Sketch of the medical history of the native army of Bombay, for the year
Year: 1870
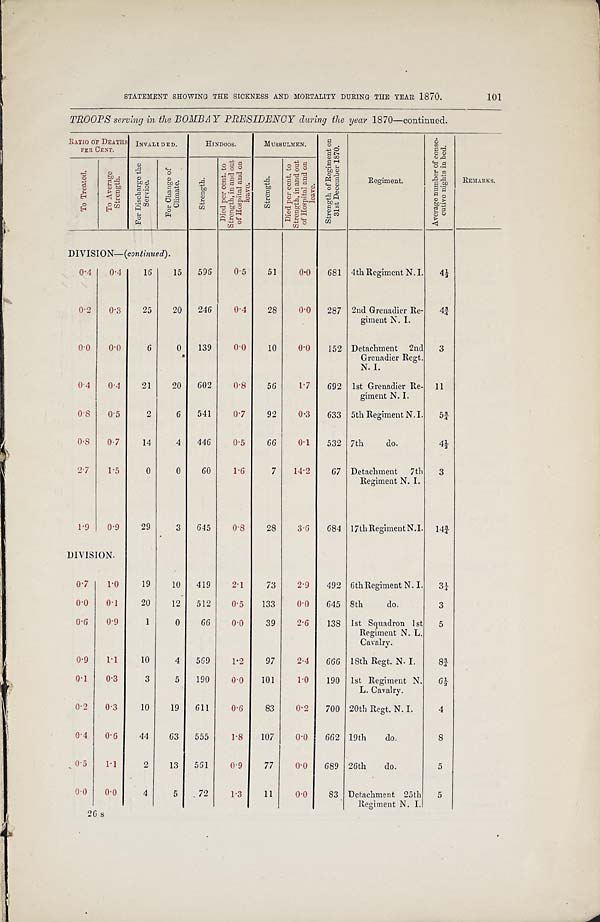
STATEMENT SHOWING THE SICKNESS AND MORTALITY DURING THE YEAR 1870.
101
TROOPS serving in the B0MBAY PRESIDENCY during the year 1870—continued.
RATIO OF DEATHS
PER CENT.
INVALI DED.
HINDOOS
MUSSULMEN.
S t r e n g t h o f R e g i m e n t o n3
1 s t D e c e m b e r 1 8 7 0 .
A v e r a g e n u m b e r o f c o n s e -
c u t i v e n i g h t s i n b e d .
T o T r e a t e d
T o A v e r a g e
S t r e n g t h .
F o r D i s c h a r g e t h e
S e r v i c e .
F o r C h a n g e o f
C l i m a t e .
S t r e n g t h .
D i e d p e r c e n t . t o
S t r e n g t h , i n a n d o u t
o f H o s p i t a l a n d o n
l e a v e .
S t r e n g t h .
D i e d p e r c e n t . t o
S t r e n g t h , i n a n d o u t
o f H o s p i t a l a n d o n
l e a v e .
Regiment.
REMARKS.
DIVISION—(continued).
0.4 0.4
16
15 596
0.5
51
0.0 681 4th Regiment N . I. 4½
0.2 0.3
25
20 246
0.4
28
0.0 287 2nd Grenadier Re-
giment N. I.
4¾
0.0 0.0
6
0 139
0.0
10
0.0 152 Detachment 2nd
Grenadier Regt.
N. I.
3
0.4 0.4
21
20 602
0.8
56
1.7 692 1st Grenadier Re-
giment N. I.
11
0.8 0.5
2
6 541
0.7
92
0.3 633 5th Regiment N. I. 5¾
0.8 0.7
14
4 446
0.5
66
0.1 532 7th
do.
4½
2.7 1.5
0
0
6 0 1.6
7 14.2
67 Detachment 7th
Regiment N. I.
3
1.9 0.9
29
3 645
0.8
28
3.6 684 17th Regiment N.I. 14¾
DIVISION.
0.7 1.0
19 10 419
2.1
73
2.9 492 6th Regiment N. I. 3¼
0.0 0.1
20
12 512
0.5 133
0.0 645 8th
do.
3
0.6 0.9
1
0
66
0.0
39
2.6 138 1st Squadron 1st
Regiment N. L.
Cavalry.
5
0.9 1.1
10
4 569
1.2
97
2.4 666 18th Regt. N. I.
8¾
0.1 0.3
3
5 190
0.0 101
1.0 190 1st Regiment N.
L. Cavalry.
6½
0.2 0.3
10
19 611
0.6
83
0.2 700 20th Regt. N. I.
4
0.4 0.6
44 63 555
1.8 107
0.0 662 19th do.
8
0.5 1.1
2
13 561
0.9
77
0.0 689 26th do.
5
0.0 0.0
4
5
72
1.3
11
0.0
83 Detachment 25th
Regiment N. I.
5
26 s